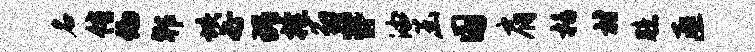
名侑偏郫垓必瑰掩翁#油函国肩栝村臆匪